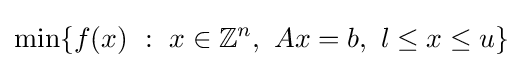
\min\{f(x)\ :\ x\in \mathbb {Z} ^{n},\ Ax=b,\ l\leq x\leq u\}